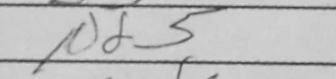
Transcription: Nd5